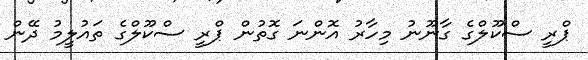
ޕްރީ ސްކޫލްގެ ގާނޫނު މިހާރު އޮންނަ ގޮތުން ޕްރީ ސްކޫލްގެ ތައުލީމު ދޭން